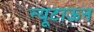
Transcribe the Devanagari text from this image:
न्यूटाऊन